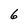
Character: 6